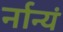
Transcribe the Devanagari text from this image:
र्नान्यं